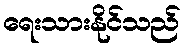
ရေးသားနိုင်သည်